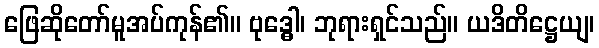
ဖြေဆိုတော်မူအပ်ကုန်၏။ ဗုဒ္ဓေါ၊ ဘုရားရှင်သည်။ ယဒိတိဋ္ဌေယျ၊